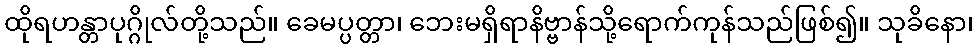
ထိုရဟန္တာပုဂ္ဂိုလ်တို့သည်။ ခေမပ္ပတ္တာ၊ ဘေးမရှိရာနိဗ္ဗာန်သို့ရောက်ကုန်သည်ဖြစ်၍။ သုခိနော၊